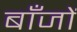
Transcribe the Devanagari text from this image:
बाँजों